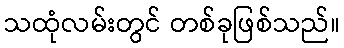
သထုံလမ်းတွင် တစ်ခုဖြစ်သည်။